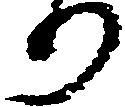
り